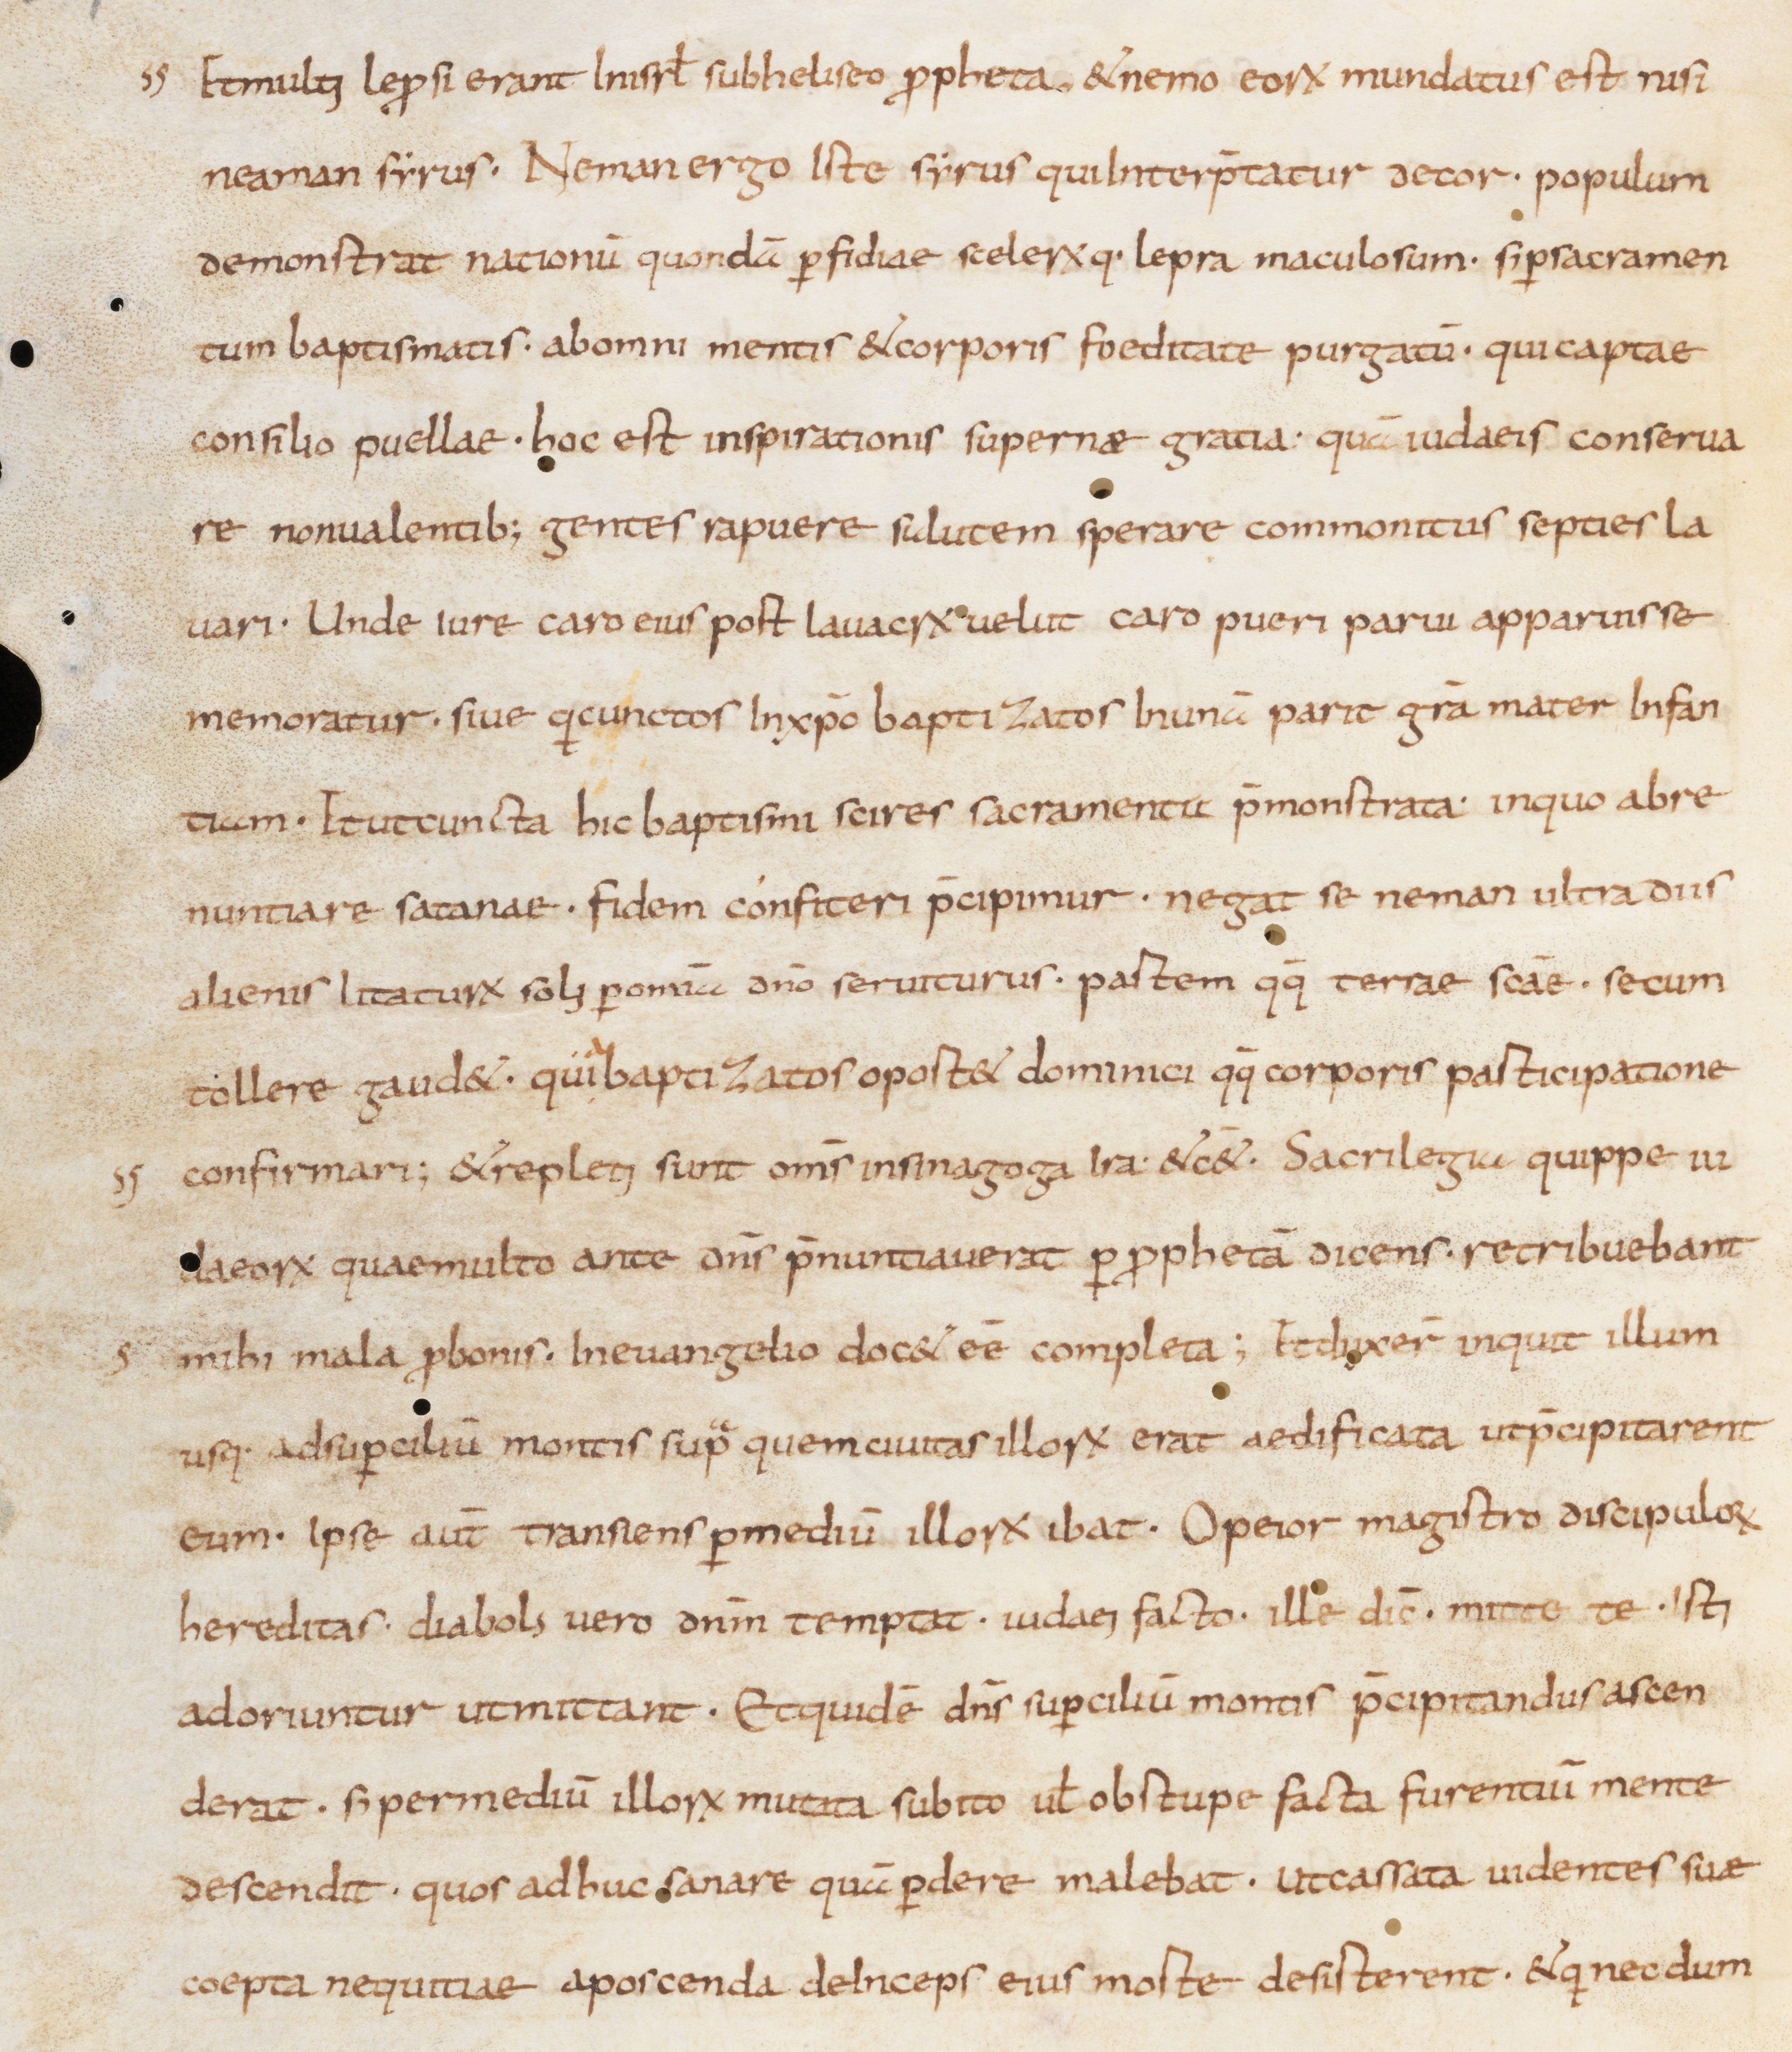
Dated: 800–1399